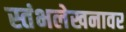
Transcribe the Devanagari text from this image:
स्तंभलेखनावर